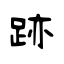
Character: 跡